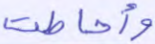
وأحاطت